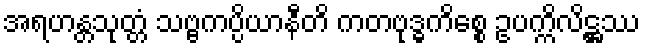
အရဟန္တသုတ္တံ သဗ္ဗကပ္ပိယာနီတိ ကတဗုဒ္ဓကိစ္စေ ဥပက္ကိလိဋ္ဌဿ